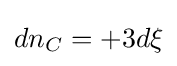
dn_{C}=+3d\xi